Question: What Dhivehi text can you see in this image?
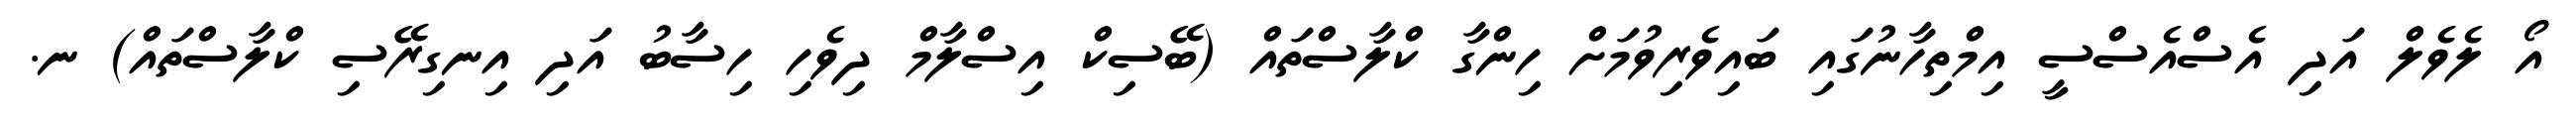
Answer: އޯ ލެވެލް އަދި އެސްއެސްސީ އިމްތިހާނުގައި ބައިވެރިވުމަށް ހިންގާ ކްލާސްތައް (ބޭސިކް އިސްލާމް ދިވެހި ހިސާބު އަދި އިނގިރޭސި ކްލާސްތައް) ނ.